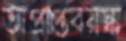
অপ্রাপ্তবয়স্ক